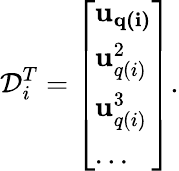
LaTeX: \mathcal{D}_{i}^{T}=\left[\begin{array}{l}{\mathbf{u_{q(i)}}}\\ {\mathbf{u}_{q(i)}^{2}}\\ {\mathbf{u}_{q(i)}^{3}}\\ {...}\end{array}\right].